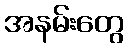
အနမ်းတွေ